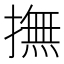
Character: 撫